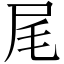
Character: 尾